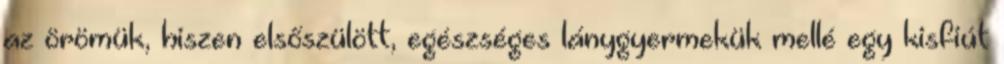
az örömük, hiszen elsőszülött, egészséges lánygyermekük mellé egy kisfiút